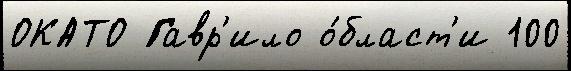
ОКАТО Гавр'ило о́бласт'и 100